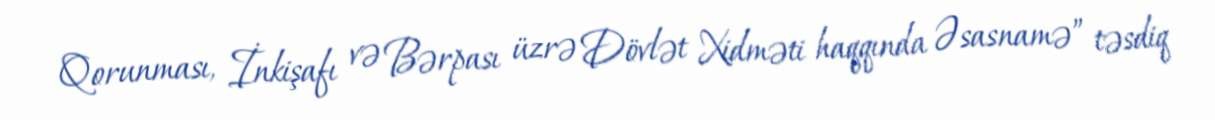
Qorunması, İnkişafı və Bərpası üzrə Dövlət Xidməti haqqında Əsasnamə” təsdiq